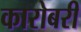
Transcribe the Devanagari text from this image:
कारोबरी